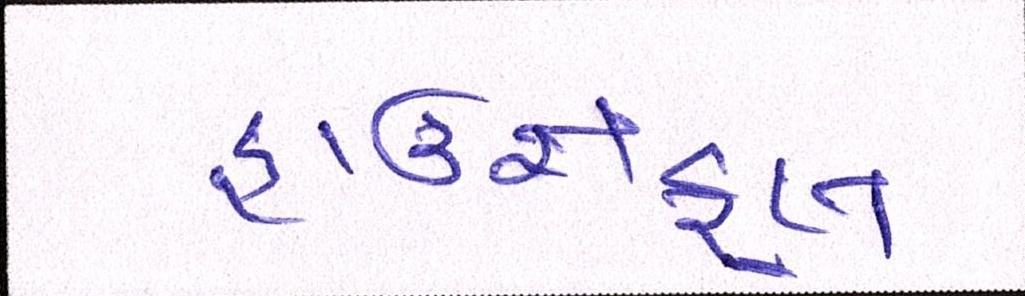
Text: હાઉસફૂલ